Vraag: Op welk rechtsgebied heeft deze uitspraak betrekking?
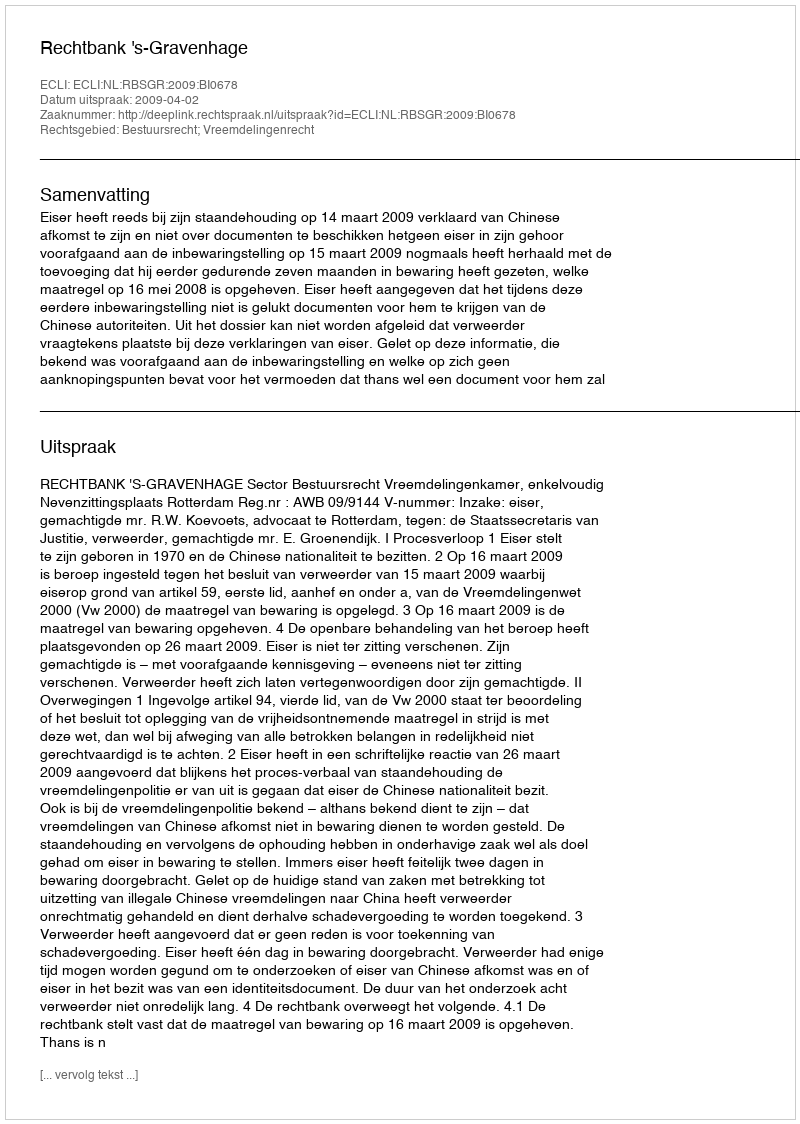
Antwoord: Bestuursrecht; Vreemdelingenrecht